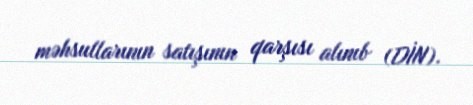
məhsullarının satışının qarşısı alınıb (DİN).